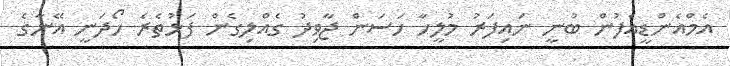
އެމްއެންޑީއެފުން ބުނީ ނައިފަރު މުލީހާ ހަސަން ޖާވިދު ގެއްލިގެން ފަޅުތެރެ ހޯދަނީ އޭނާގެ